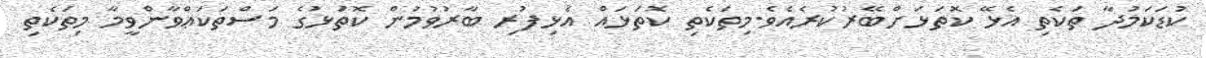
ކުޑަކަމުދާ ތަކެތި އެޅޭ ކޮތަޅަށްބޭރުކުރެއެވެ.މިތަކެތި ކޮތަޅައް އެޅިފުރި ބާރުވުމުން ކޮތަޅުގެ މަސްތަކަޢްވާންވީމާ މިތަކެތި